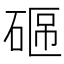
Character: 𥓟